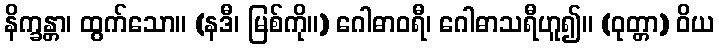
နိက္ခန္တာ၊ ထွက်သော။ (နဒီ၊ မြစ်ကို။) ဂေါဓာဝရီ၊ ဂေါဓာသရီဟူ၍။ (ဝုတ္တာ) ဝိယ